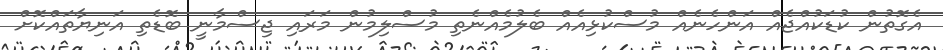
އެގޮތުން ކުޑަކުއްޖެއް އަންހެނެއް މުސްކުޅިއެއް ބެލުމެއްނެތި މުސްލިމުން މަރައި ޖިސްމާނީ ބޮޑެތި އަނިޔާތައްކޮށް